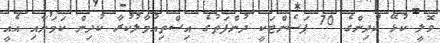
ވޮލީ ކުޅޭ ކުދިންގެ 70 ޕަސެންޓަކީ ދުންފަތުގެ އިސްތިއުމާލުކުރާ ކުދިން ކަމަށާއި އެއީ